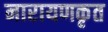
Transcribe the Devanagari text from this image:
नारायणकृत